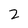
Character: 2